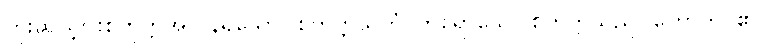
ကိုးဆယ့်ငါးစတုက္ကအလွန်ရှိသော။ စတုက္ကသတံ၊ တစ်ရာသော စတုက္ကသည်။ ဟောတိ၊ ၏။